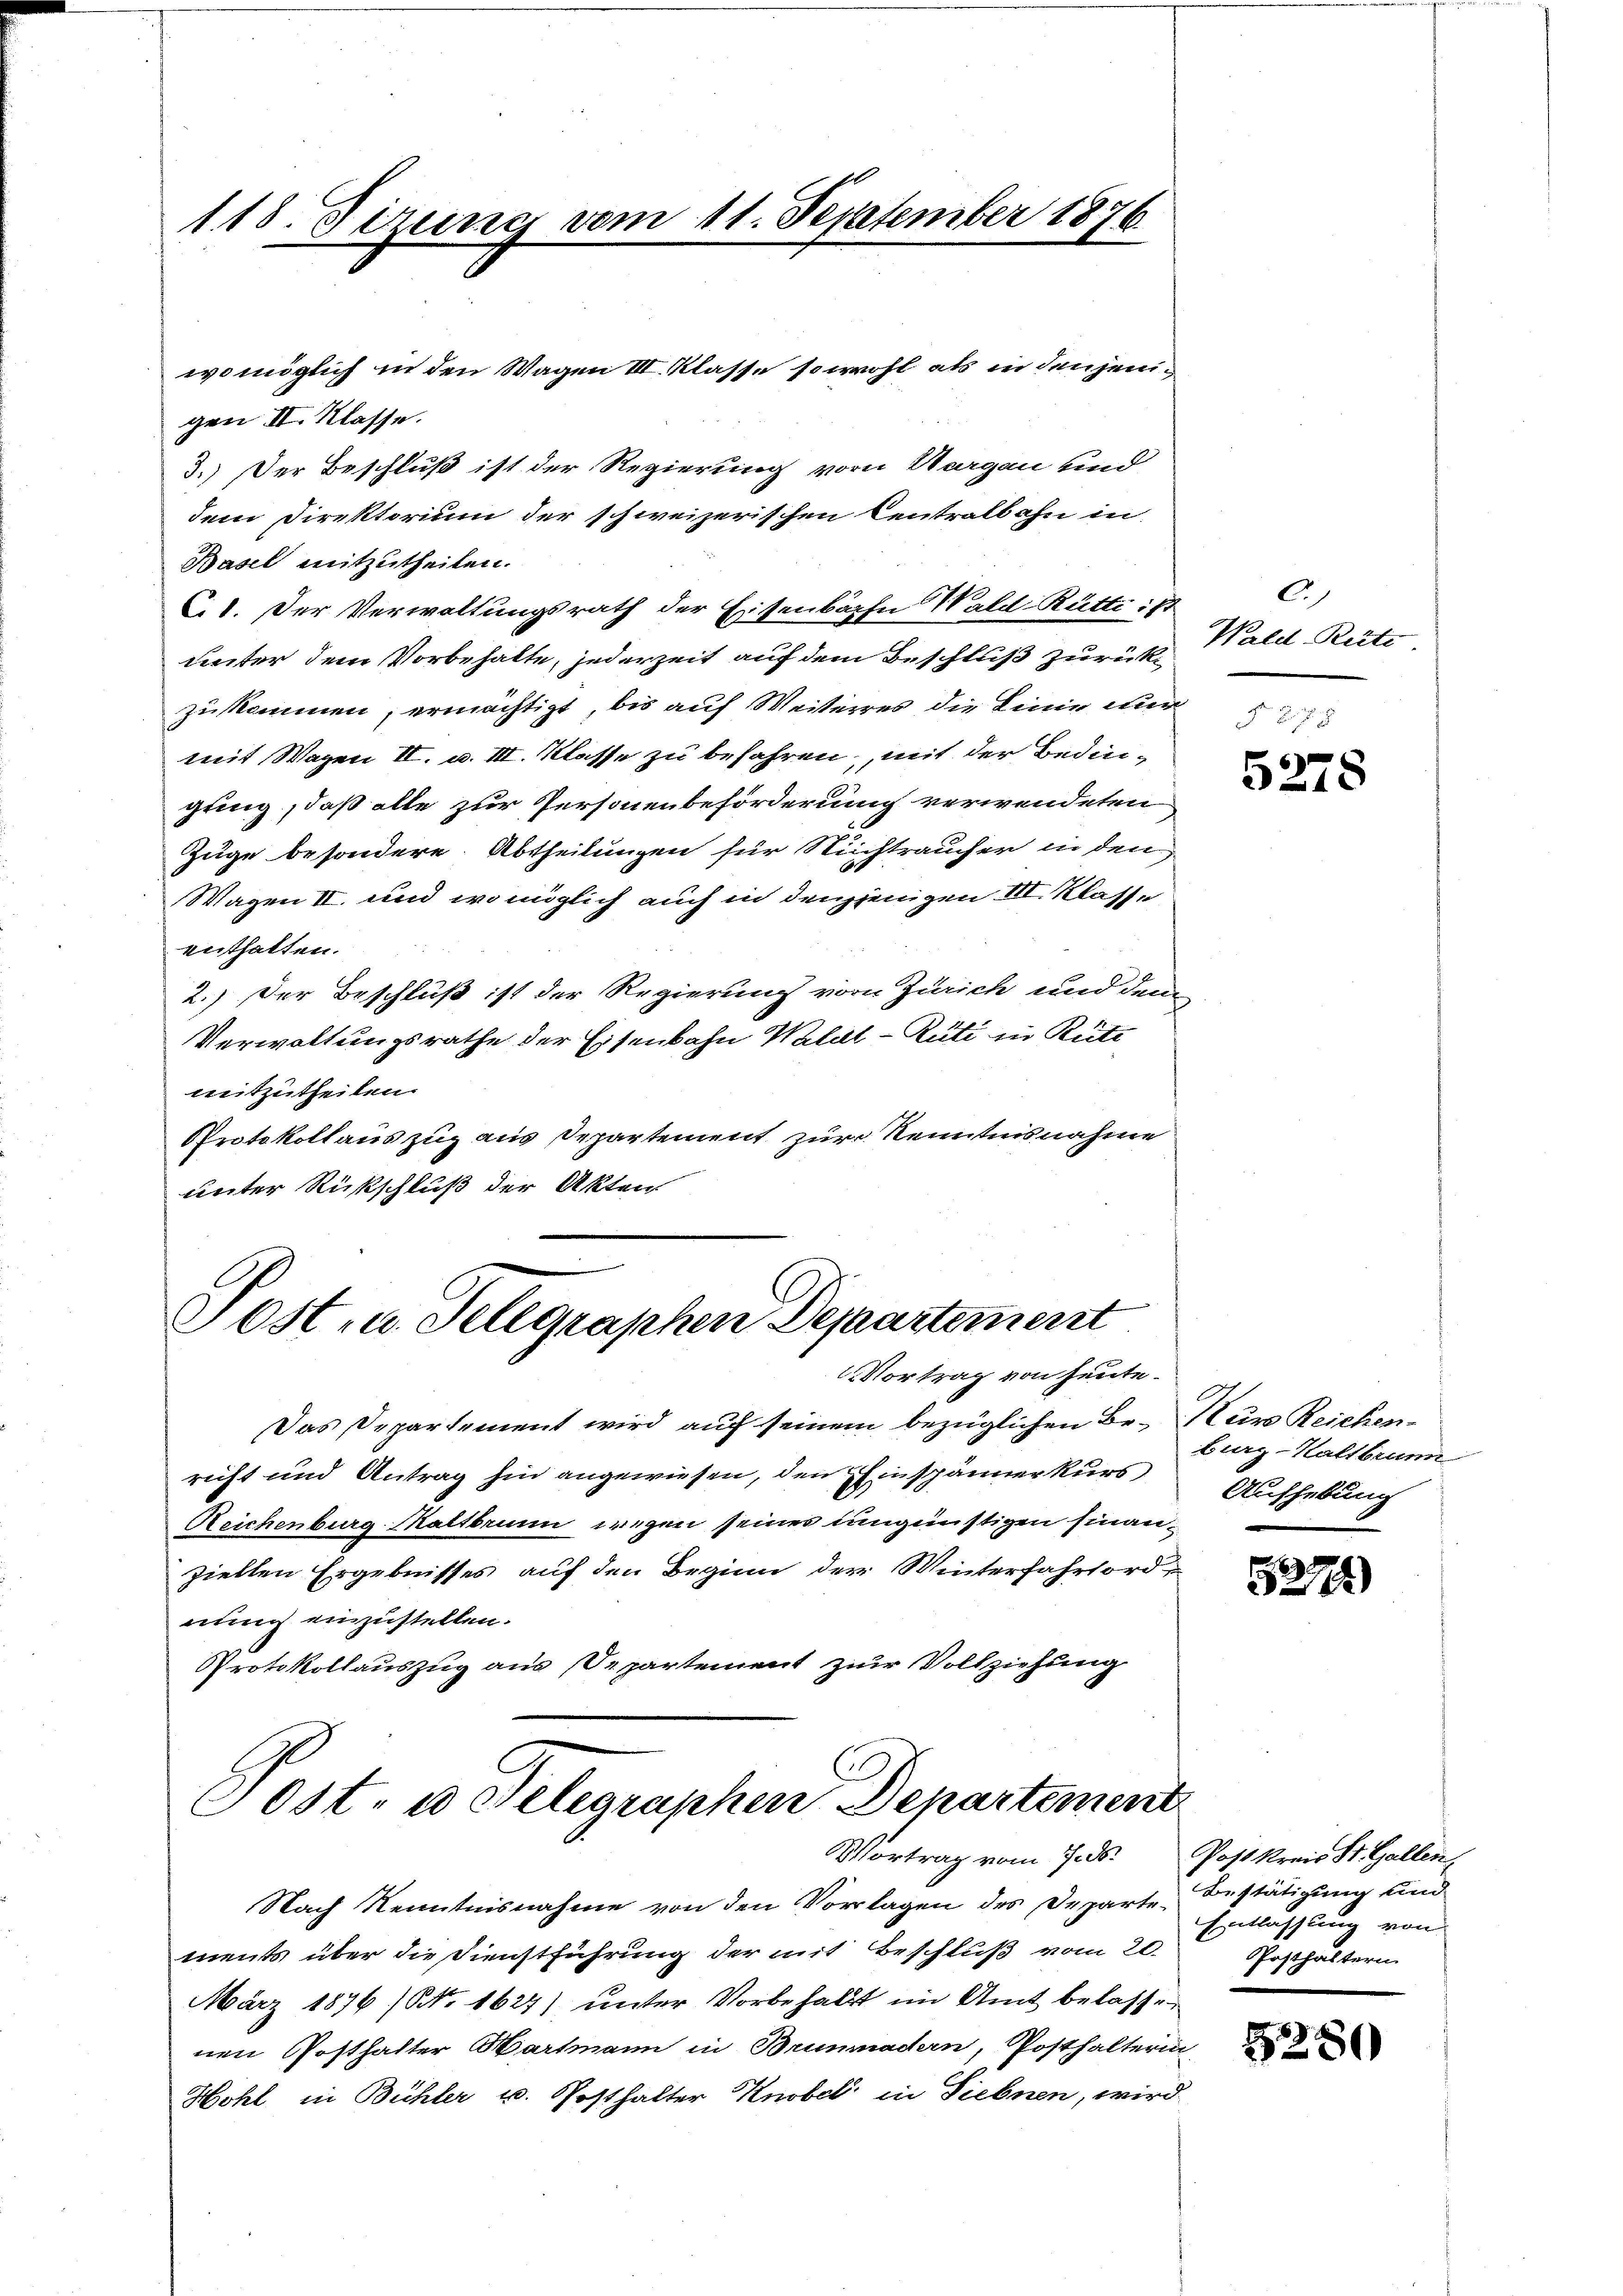
118. Sizung vom 11. September 1876

Post- u. Telegraphen Departement
Vortrag von heute.

womöglich in den Wagen III. Klasse sowohl als in denjenigen II. Klasse.
3.) Der Beschluß ist der Regierung von Aargau und
dem Direktorium der schweizerischen Centralbahn in
Basel mitzutheilen.
C.1. Der Verwaltungsrath der Eisenbache Wald Rütti ist
unter dem Vorbehalte, jederzeit auf dem Beschluß zurückzukommen, ermächtigt, bis auf Weiteres die Linie nur
mit Wagen II. u. III. Klasse zu befahren, mit der Bedingung, daß alle zur Personenbeförderung verwendeten
Züge besondere Abtheilungen für Richtraucher in den
Wagen II. und womöglich auch in denjenigen III. Klasse
enthalten.
2.) Der Beschluß ist der Regierung von Zürich und dem
Verwaltungsrathe der Eisenbahn Wald–Rüti in Rüti
mitzutheilen.
Protokollauszug aus Departement zur Kenntnisnahme
unter Rückschluß der Akten

Das Departement wird auch seinem bezüglichen Be- Nur Reichenricht und Antrag hin angewiesen, den Einspänner kurs
Reichenburg-Kaltbrunn wegen seines ungünstigen Finanziellen Ergebnisses auf den Beginn der Winterfahrtordnung einzustellen.
Protokollauszug aus Departement zur Vollziehung

Post- u Telegraphen Departement
Vortrag vom 7. ds. Post kreis St. Gallen,

)
Wald Reite

Nach Kenntnisnahme von den Vorlagen des Departe Bestätigung und
ments über die Dienstführung der mit Beschluß vom 20. Posthaltern
März 1876/NNo. 1627) unter Vorbehalt im Amt belassen
nen Posthalter Hartmann in Brunmadern, Posthalterin
Hohl in Bühler u. Posthalter Knobel in Siebnen, wird

5278

burg-Kaltbrunn
Aufhebung

527)

Entlassung von

5280